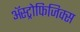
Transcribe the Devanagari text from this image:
ॲस्ट्रोफिजिक्स